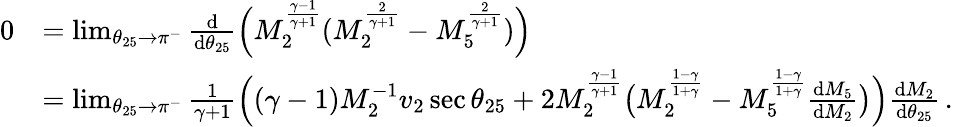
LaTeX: \begin{array}{rl}{0}&{=\operatorname*{lim}_{\theta_{25}\to\pi^{-}}\frac{\mathrm{d}}{\mathrm{d}\theta_{25}}\Big(M_{2}^{\frac{\gamma-1}{\gamma+1}}(M_{2}^{\frac{2}{\gamma+1}}-M_{5}^{\frac{2}{\gamma+1}})\Big)}\\ &{=\operatorname*{lim}_{\theta_{25}\to\pi^{-}}\frac{1}{\gamma+1}\Big((\gamma-1)M_{2}^{-1}v_{2}\sec{\theta_{25}}+2M_{2}^{\frac{\gamma-1}{\gamma+1}}\big(M_{2}^{\frac{1-\gamma}{1+\gamma}}-M_{5}^{\frac{1-\gamma}{1+\gamma}}\frac{\mathrm{d}M_{5}}{\mathrm{d}M_{2}}\big)\Big)\frac{\mathrm{d}M_{2}}{\mathrm{d}\theta_{25}}\, .}\end{array}